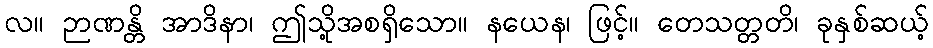
လ။ ဉာဏန္တိ အာဒိနာ၊ ဤသို့အစရှိသော။ နယေန၊ ဖြင့်။ တေသတ္တတိ၊ ခုနှစ်ဆယ့်